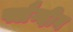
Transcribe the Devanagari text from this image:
फ्लैन्दीन